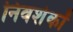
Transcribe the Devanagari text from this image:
निवशेकों